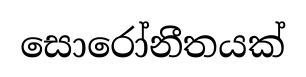
සොරෝනීතයක්